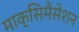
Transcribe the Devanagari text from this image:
माक्सिमैसेशन